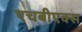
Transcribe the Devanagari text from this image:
एचबीएक्स